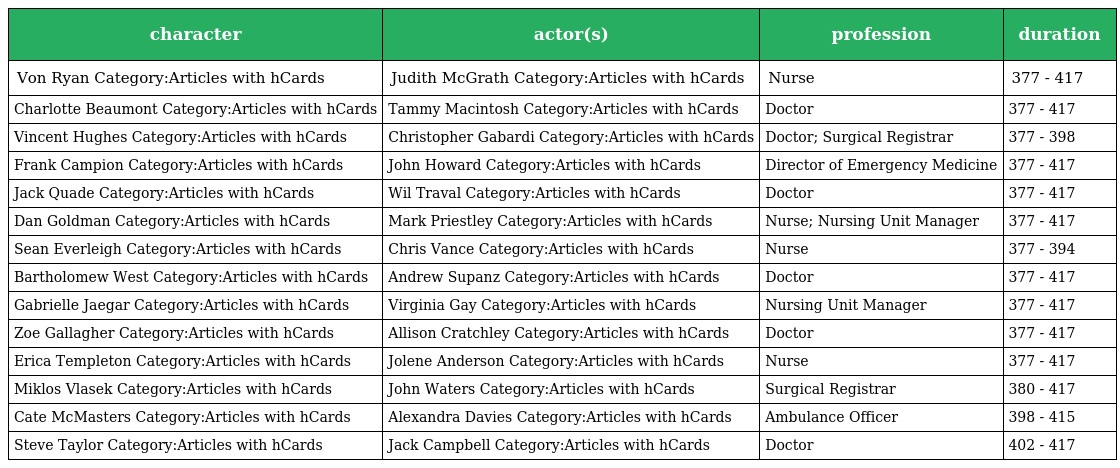
| character | actor(s) | profession | duration |
 | --- | --- | --- | --- |
 | Von Ryan Category:Articles with hCards | Judith McGrath Category:Articles with hCards | Nurse | 377 - 417 |
 | Charlotte Beaumont Category:Articles with hCards | Tammy Macintosh Category:Articles with hCards | Doctor | 377 - 417 |
 | Vincent Hughes Category:Articles with hCards | Christopher Gabardi Category:Articles with hCards | Doctor; Surgical Registrar | 377 - 398 |
 | Frank Campion Category:Articles with hCards | John Howard Category:Articles with hCards | Director of Emergency Medicine | 377 - 417 |
 | Jack Quade Category:Articles with hCards | Wil Traval Category:Articles with hCards | Doctor | 377 - 417 |
 | Dan Goldman Category:Articles with hCards | Mark Priestley Category:Articles with hCards | Nurse; Nursing Unit Manager | 377 - 417 |
 | Sean Everleigh Category:Articles with hCards | Chris Vance Category:Articles with hCards | Nurse | 377 - 394 |
 | Bartholomew West Category:Articles with hCards | Andrew Supanz Category:Articles with hCards | Doctor | 377 - 417 |
 | Gabrielle Jaegar Category:Articles with hCards | Virginia Gay Category:Articles with hCards | Nursing Unit Manager | 377 - 417 |
 | Zoe Gallagher Category:Articles with hCards | Allison Cratchley Category:Articles with hCards | Doctor | 377 - 417 |
 | Erica Templeton Category:Articles with hCards | Jolene Anderson Category:Articles with hCards | Nurse | 377 - 417 |
 | Miklos Vlasek Category:Articles with hCards | John Waters Category:Articles with hCards | Surgical Registrar | 380 - 417 |
 | Cate McMasters Category:Articles with hCards | Alexandra Davies Category:Articles with hCards | Ambulance Officer | 398 - 415 |
 | Steve Taylor Category:Articles with hCards | Jack Campbell Category:Articles with hCards | Doctor | 402 - 417 |